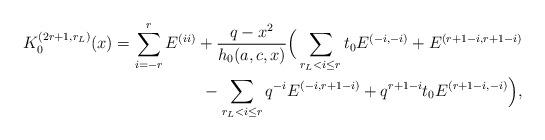
LaTeX: \begin{align*}K^{(2r+1,r_L)}_0 (x)=\sum_{i=-r}^{r}E^{(ii)}+\frac{q-x^2}{h_0(a,c,x)}\Big(\sum_{r_L < i \leq r}t_0 E^{(-i,-i)}+E^{(r+1-i,r+1-i)}\\{}-\sum_{r_L < i \leq r}q^{-i}E^{(-i,r+1-i)}+q^{r+1-i} t_0E^{(r+1-i,-i)}\Big),\end{align*}